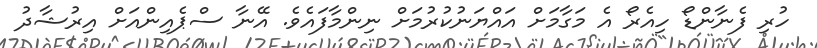
ހުރި ފެނާންޑޯ ހިއެރޯ އެ މަގާމަށް އައްޔަނުކުރުމަށް ނިންމާފައެވެ. އޭނާ ސްޕެއިންއަށް އިރުޝާދު